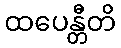
ထပေန္တီတိ